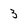
Character: 3